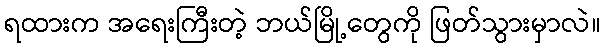
ရထားက အရေးကြီးတဲ့ ဘယ်မြို့တွေကို ဖြတ်သွားမှာလဲ။